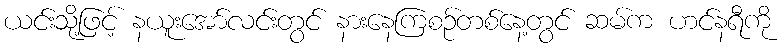
ယင်းသို့ဖြင့် နယူးအော်လင်းတွင် နားနေကြစဉ်တစ်နေ့တွင် ဆမ်က ဟင်နရီကို